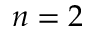
n = 2